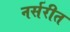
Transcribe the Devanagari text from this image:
नर्सरीत